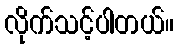
လိုက်သင့်ပါတယ်။